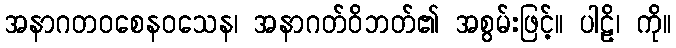
အနာဂတဝစေနဝသေန၊ အနာဂတ်ဝိဘတ်၏ အစွမ်းဖြင့်။ ပါဠိ၊ ကို။